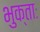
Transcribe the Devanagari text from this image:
भुक्ताः